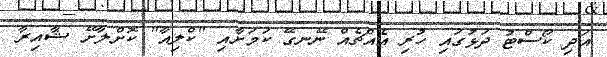
އަދި ކޯސްޓު ދަޅުގައި ހުރި އެއްޗެއް ނޭނގޭ ކަމަށާއި "ކްލިއާ" ކޮށްލާށޭ ޝާއިރާ